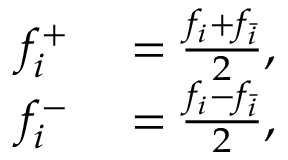
\begin{array} { r l } { f _ { i } ^ { + } } & { { } = \frac { f _ { i } + f _ { \bar { i } } } { 2 } , } \\ { f _ { i } ^ { - } } & { { } = \frac { f _ { i } - f _ { \bar { i } } } { 2 } , } \end{array}